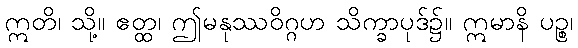
ဣတိ၊ သို့။ ဧတ္ထ၊ ဤမနုဿဝိဂ္ဂဟ သိက္ခာပုဒ်၌။ ဣမာနိ ပဉ္စ၊